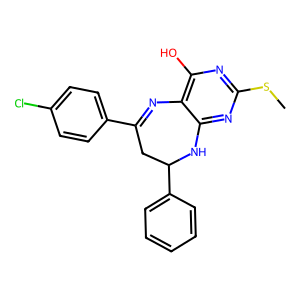
SMILES: CSc1nc(O)c2c(n1)NC(c1ccccc1)CC(c1ccc(Cl)cc1)=N2
Inhibits HIV replication: No